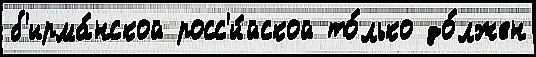
б'ирма́нской росс'и́йской то́лько до́лжен